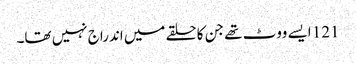
121 ایسے ووٹ تھے جن کا حلقے میں اندراج نہیں تھا۔